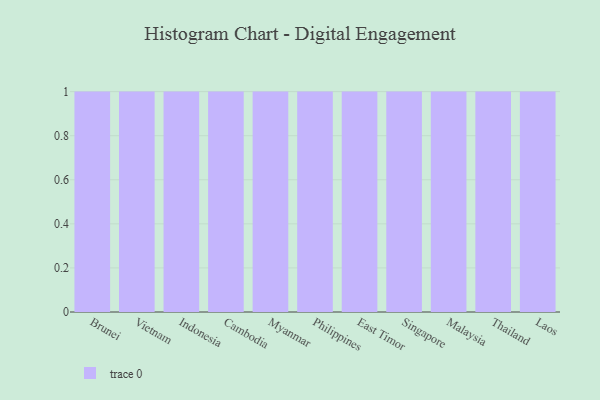
{"axis": {"x": "Country", "y": "Tickets Resolved"}, "legend": [""], "data": [{"x": "Brunei", "y": 92, "type": ""}, {"x": "Vietnam", "y": 23, "type": ""}, {"x": "Indonesia", "y": 7, "type": ""}, {"x": "Cambodia", "y": 52, "type": ""}, {"x": "Myanmar", "y": 34, "type": ""}, {"x": "Philippines", "y": 60, "type": ""}, {"x": "East Timor", "y": 94, "type": ""}, {"x": "Singapore", "y": 39, "type": ""}, {"x": "Malaysia", "y": 81, "type": ""}, {"x": "Thailand", "y": 57, "type": ""}, {"x": "Laos", "y": 39, "type": ""}]}